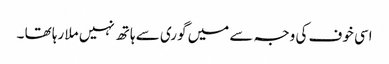
اسی خوف کی وجہ سے میں گوری سے ہاتھ نہیں ملا رہا تھا ۔